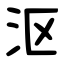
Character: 沤